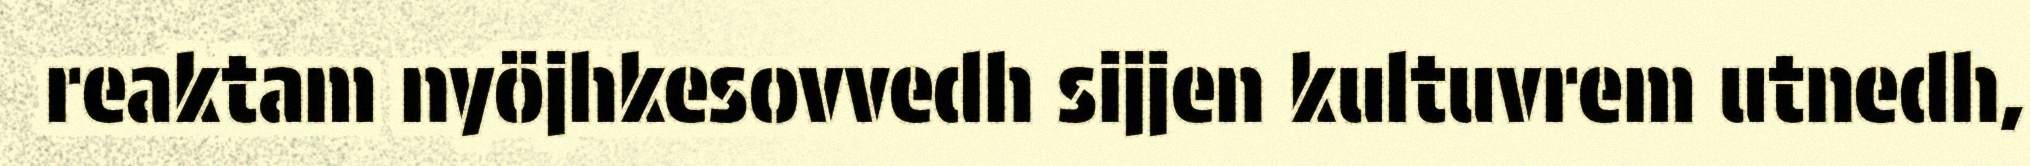
reaktam nyöjhkesovvedh sijjen kultuvrem utnedh,